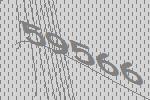
59566